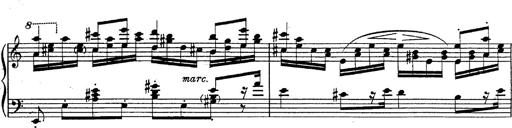
Title: Fantasie Ã¼ber Themen aus Mozarts Figaro und Don Giovanni
Composer: Franz Liszt